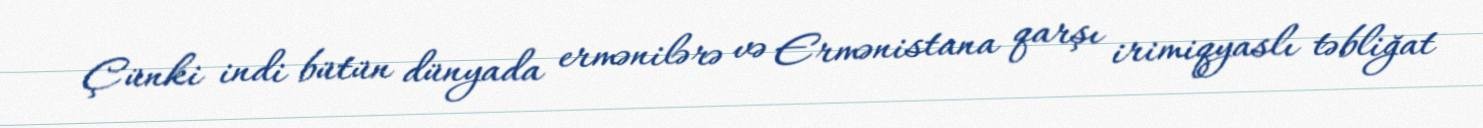
Çünki indi bütün dünyada ermənilərə və Ermənistana qarşı irimiqyaslı təbliğat